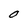
Character: O